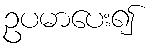
ဥပမာပေး၍